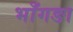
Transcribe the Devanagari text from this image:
भाँगङा